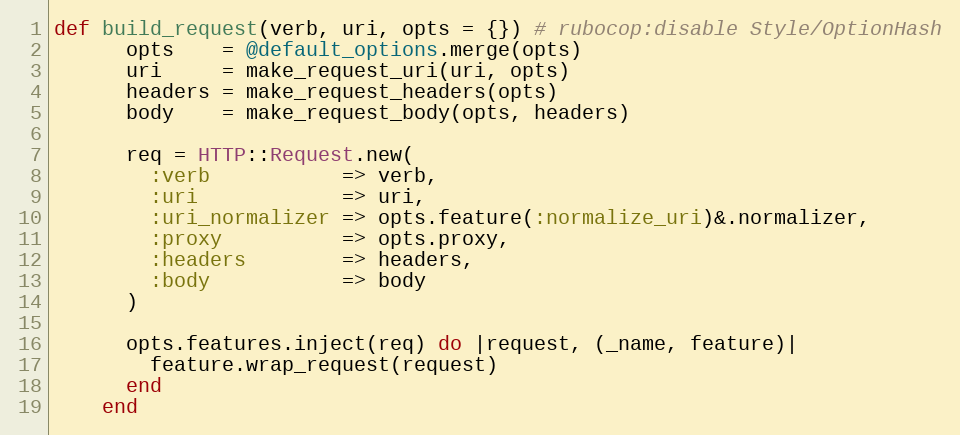
Language: Ruby
def build_request(verb, uri, opts = {}) # rubocop:disable Style/OptionHash
      opts    = @default_options.merge(opts)
      uri     = make_request_uri(uri, opts)
      headers = make_request_headers(opts)
      body    = make_request_body(opts, headers)

      req = HTTP::Request.new(
        :verb           => verb,
        :uri            => uri,
        :uri_normalizer => opts.feature(:normalize_uri)&.normalizer,
        :proxy          => opts.proxy,
        :headers        => headers,
        :body           => body
      )

      opts.features.inject(req) do |request, (_name, feature)|
        feature.wrap_request(request)
      end
    end